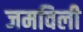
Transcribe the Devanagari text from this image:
जमविली